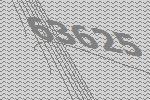
63625